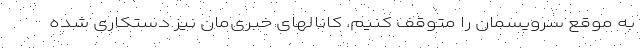
به موقع سرویسمان را متوقف کنیم. کانالهای خبری‌مان نیز دستکاری شده